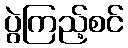
ပွဲကြည့်စင်